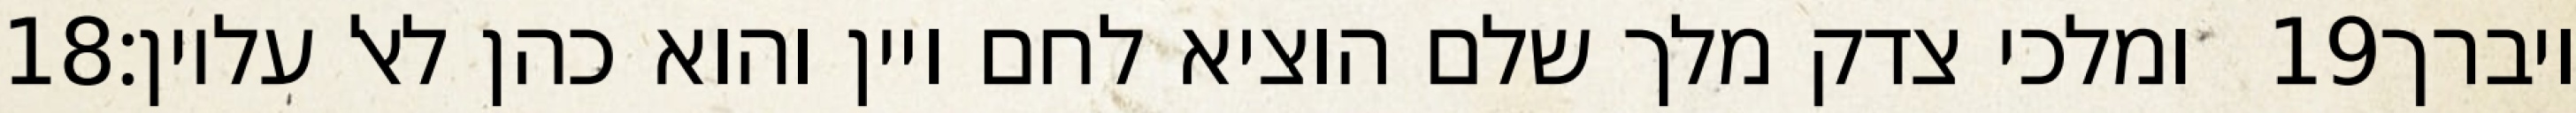
‎18‏ ומלכי צדק מלך שלם הוציא לחם ויין והוא כהן לאל עליון׃ ‎19‏ ויברך